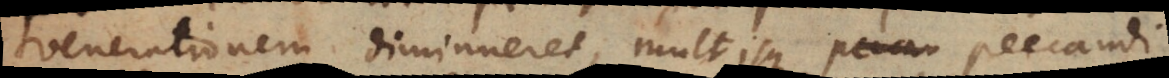
venerationem diminueret, multisque peccandi